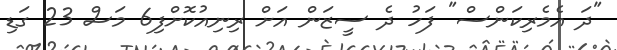
"ދަ އެމެރިކަންސް" ފަހު ދެ ސީޒަން އަށް ރިނިއުކޮށްފި6 މަސް 23 ގަޑި